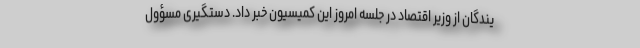
یندگان از وزیر اقتصاد در جلسه امروز این کمیسیون خبر داد. دستگیری مسؤول